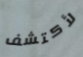
لأكتشف